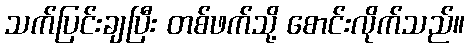
သက်ပြင်းချပြီး တစ်ဖက်သို့ စောင်းလိုက်သည်။